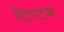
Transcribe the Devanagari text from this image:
टिप्टन